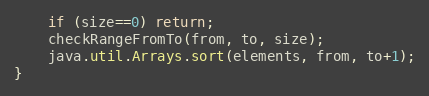
Language: Java
	if (size==0) return;
	checkRangeFromTo(from, to, size);
	java.util.Arrays.sort(elements, from, to+1);
}